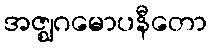
အဇ္ဈဂမောပနီတော